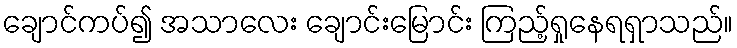
ချောင်ကပ်၍ အသာလေး ချောင်းမြောင်း ကြည့်ရှုနေရရှာသည်။